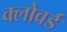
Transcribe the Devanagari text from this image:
क्लोवर्ड